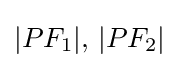
|PF_{1}|,\,|PF_{2}|